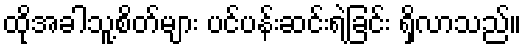
ထိုအခါသူ့စိတ်များ ပင်ပန်းဆင်းရဲခြင်း ရှိလာသည်။